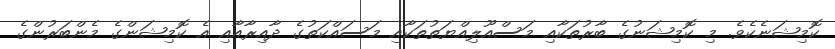
ކޮމިޝަނެކެވެ. މި ކޮމިޝަނުގެ ބާރުތަކާއި މަސްއޫލިއްޔަތުތަކާއި މަސައްކަތުގެ ދާއިރާއާއި އެ ކޮމިޝަންގެ މެންބަރުންގެ